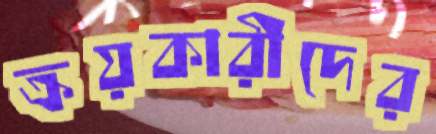
ক্রয়কারীদের